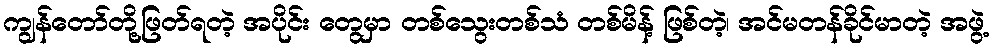
ကျွန်တော်တို့ဖြတ်ရတဲ့ အပိုင်း တွေမှာ တစ်သွေးတစ်သံ တစ်မိန့် ဖြစ်တဲ့၊ အင်မတန်ခိုင်မာတဲ့ အဖွဲ့